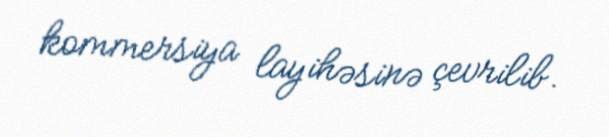
kommersiya layihəsinə çevrilib.